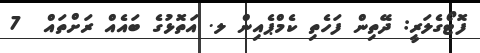
ފޮޓޯގެލަރީ: ދޭތިން ފަހެތި ކެމްޕެއިން ލ. އަތޮޅުގެ ބައެއް ރަށްތައް  7